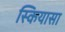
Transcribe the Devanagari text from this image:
स्कियासा